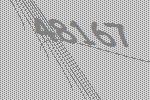
48167